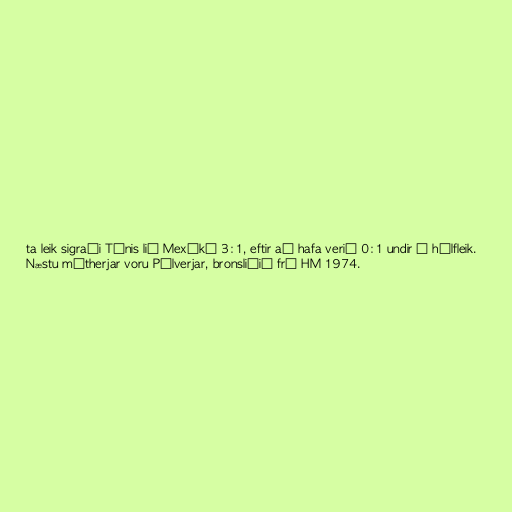
ta leik sigraði Túnis lið Mexíkó 3:1, eftir að hafa verið 0:1 undir í hálfleik.
Næstu mótherjar voru Pólverjar, bronsliðið frá HM 1974.